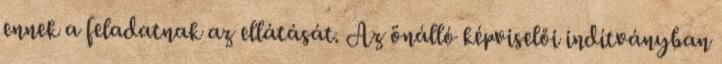
ennek a feladatnak az ellátását. Az önálló képviselői indítványban